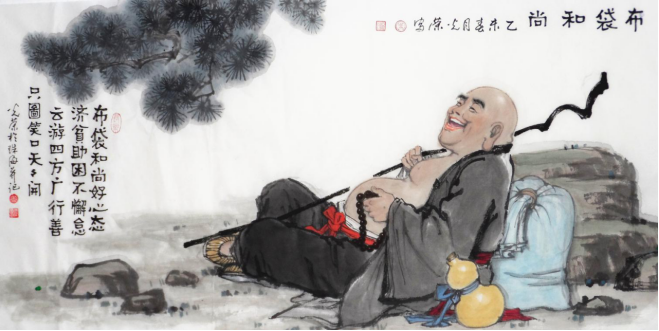
空门寂寞汝思家，礼别云房下九华。